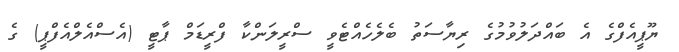
ޔޫޕީއެފްގެ އެ ބައްދަލުވުމުގެ ރިޔާސަތު ބެލެހެއްޓެވީ ސްރީލަންކާ ފްރީޑަމް ޕާޓީ (އެސްއެލްއެފްޕީ) ގެ